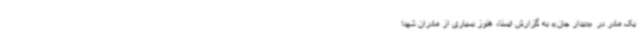
یک مادر در «دیدار جان» به گزارش ایسنا، هنوز بسیاری از مادران شهدا